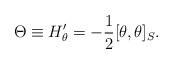
LaTeX: \begin{align*}\Theta \equiv H'_{\theta} = - \frac{1}{2}[\theta,\theta]_{S}. \end{align*}